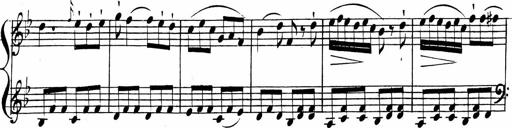
Title: 2 Piano Sonatinas
Composer: Ferdinand Ries